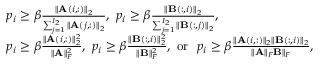
\begin{array} { r l } & { p _ { i } \geq \beta \frac { \| \mathbf { A } ( i , : ) \| _ { 2 } } { \sum _ { j = 1 } ^ { I _ { 2 } } \| \mathbf { A } ( j , : ) \| _ { 2 } } , \ p _ { i } \geq \beta \frac { \| \mathbf { B } ( : , i ) \| _ { 2 } } { \sum _ { j = 1 } ^ { I _ { 2 } } \| \mathbf { B } ( : , j ) \| _ { 2 } } , } \\ & { p _ { i } \geq \beta \frac { \| \mathbf { A } ( i , : ) \| _ { 2 } ^ { 2 } } { \| \mathbf { A } \| _ { F } ^ { 2 } } , \ p _ { i } \geq \beta \frac { \| \mathbf { B } ( : , i ) \| _ { 2 } ^ { 2 } } { \| \mathbf { B } \| _ { F } ^ { 2 } } , \ \mathrm { o r ~ } \ p _ { i } \geq \beta \frac { \| \mathbf { A } ( i , : ) \| _ { 2 } \| \mathbf { B } ( : , i ) \| _ { 2 } } { \| \mathbf { A } \| _ { F } \mathbf { B } \| _ { F } } , } \end{array}